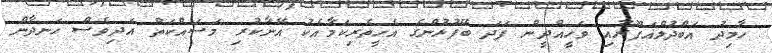
ހާމިދު އަބްދުލްޣަފޫރާއި ވަހީއްދީން ފަދަ ބޭފުޅުންގެ އެހީތެރިކަމާއެކު އޭނާކުރި މަސައްކަތް އަދިވެސް ހަނދާން